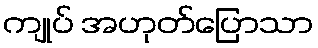
ကျုပ် အဟုတ်ပြောသာ